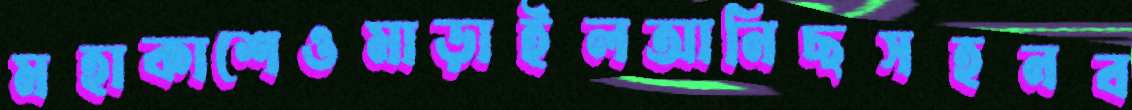
মহাকাশেওমাড়াইলআনিছসহনব